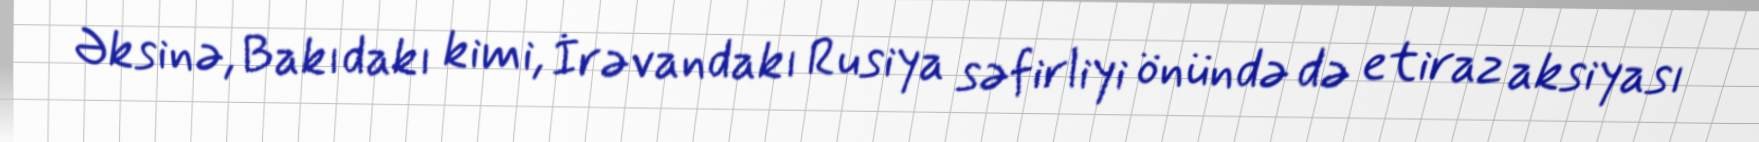
Əksinə, Bakıdakı kimi, İrəvandakı Rusiya səfirliyi önündə də etiraz aksiyası